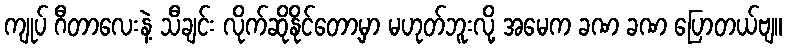
ကျုပ် ဂီတာလေးနဲ့ သီချင်း လိုက်ဆိုနိုင်တော့မှာ မဟုတ်ဘူးလို့ အမေက ခဏ ခဏ ပြောတယ်ဗျ။